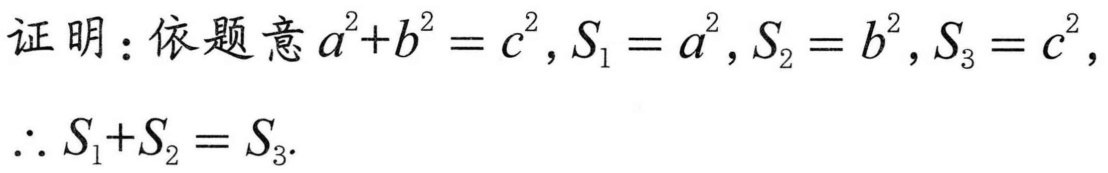
证明：依题意\(a^{2}+b^{2}=c^{2},S_{1}=a^{2},S_{2}=b^{2},S_{3}=c^{2}\)，
\(\therefore S_{1}+S_{2}=S_{3}\).